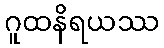
ဂူထနိရယဿ